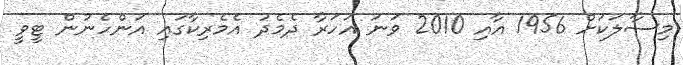
މިސާލަކަށް 1956 އާއި 2010 ވަނަ އަހަރާ ދެމެދު އެމެރިކާގައި އަންހެނުން ޓީވީ